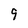
Character: 9